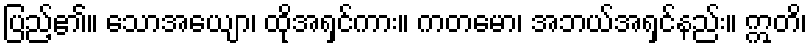
ပြည့်၏။ သောအယျော၊ ထိုအရှင်ကား။ ကတမော၊ အဘယ်အရှင်နည်း။ ဣတိ၊